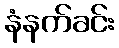
နံနက်ခင်း